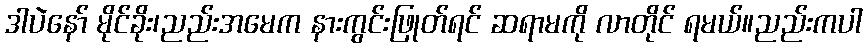
ဒါပဲနော် မိုင်ခိုး၊ညည်းအမေက နားကွင်းဖြုတ်ရင် ဆရာမကို လာတိုင် ရမယ်။ညည်းကပါ